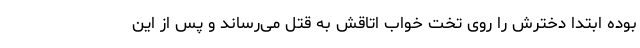
بوده ابتدا دخترش را روی تخت خواب اتاقش به قتل می‌رساند و پس از این